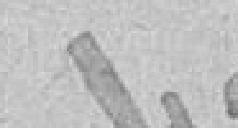
446